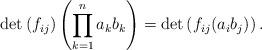
LaTeX: \begin{align*} \det\left(f_{ij}\right)\left( \prod_{k=1}^n a_kb_k \right) = \det\left( f_{ij}(a_ib_j) \right). \end{align*}